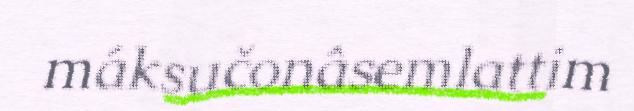
máksučonâsemlattim